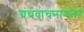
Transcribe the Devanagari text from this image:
ग्रंथवाचनानंतर